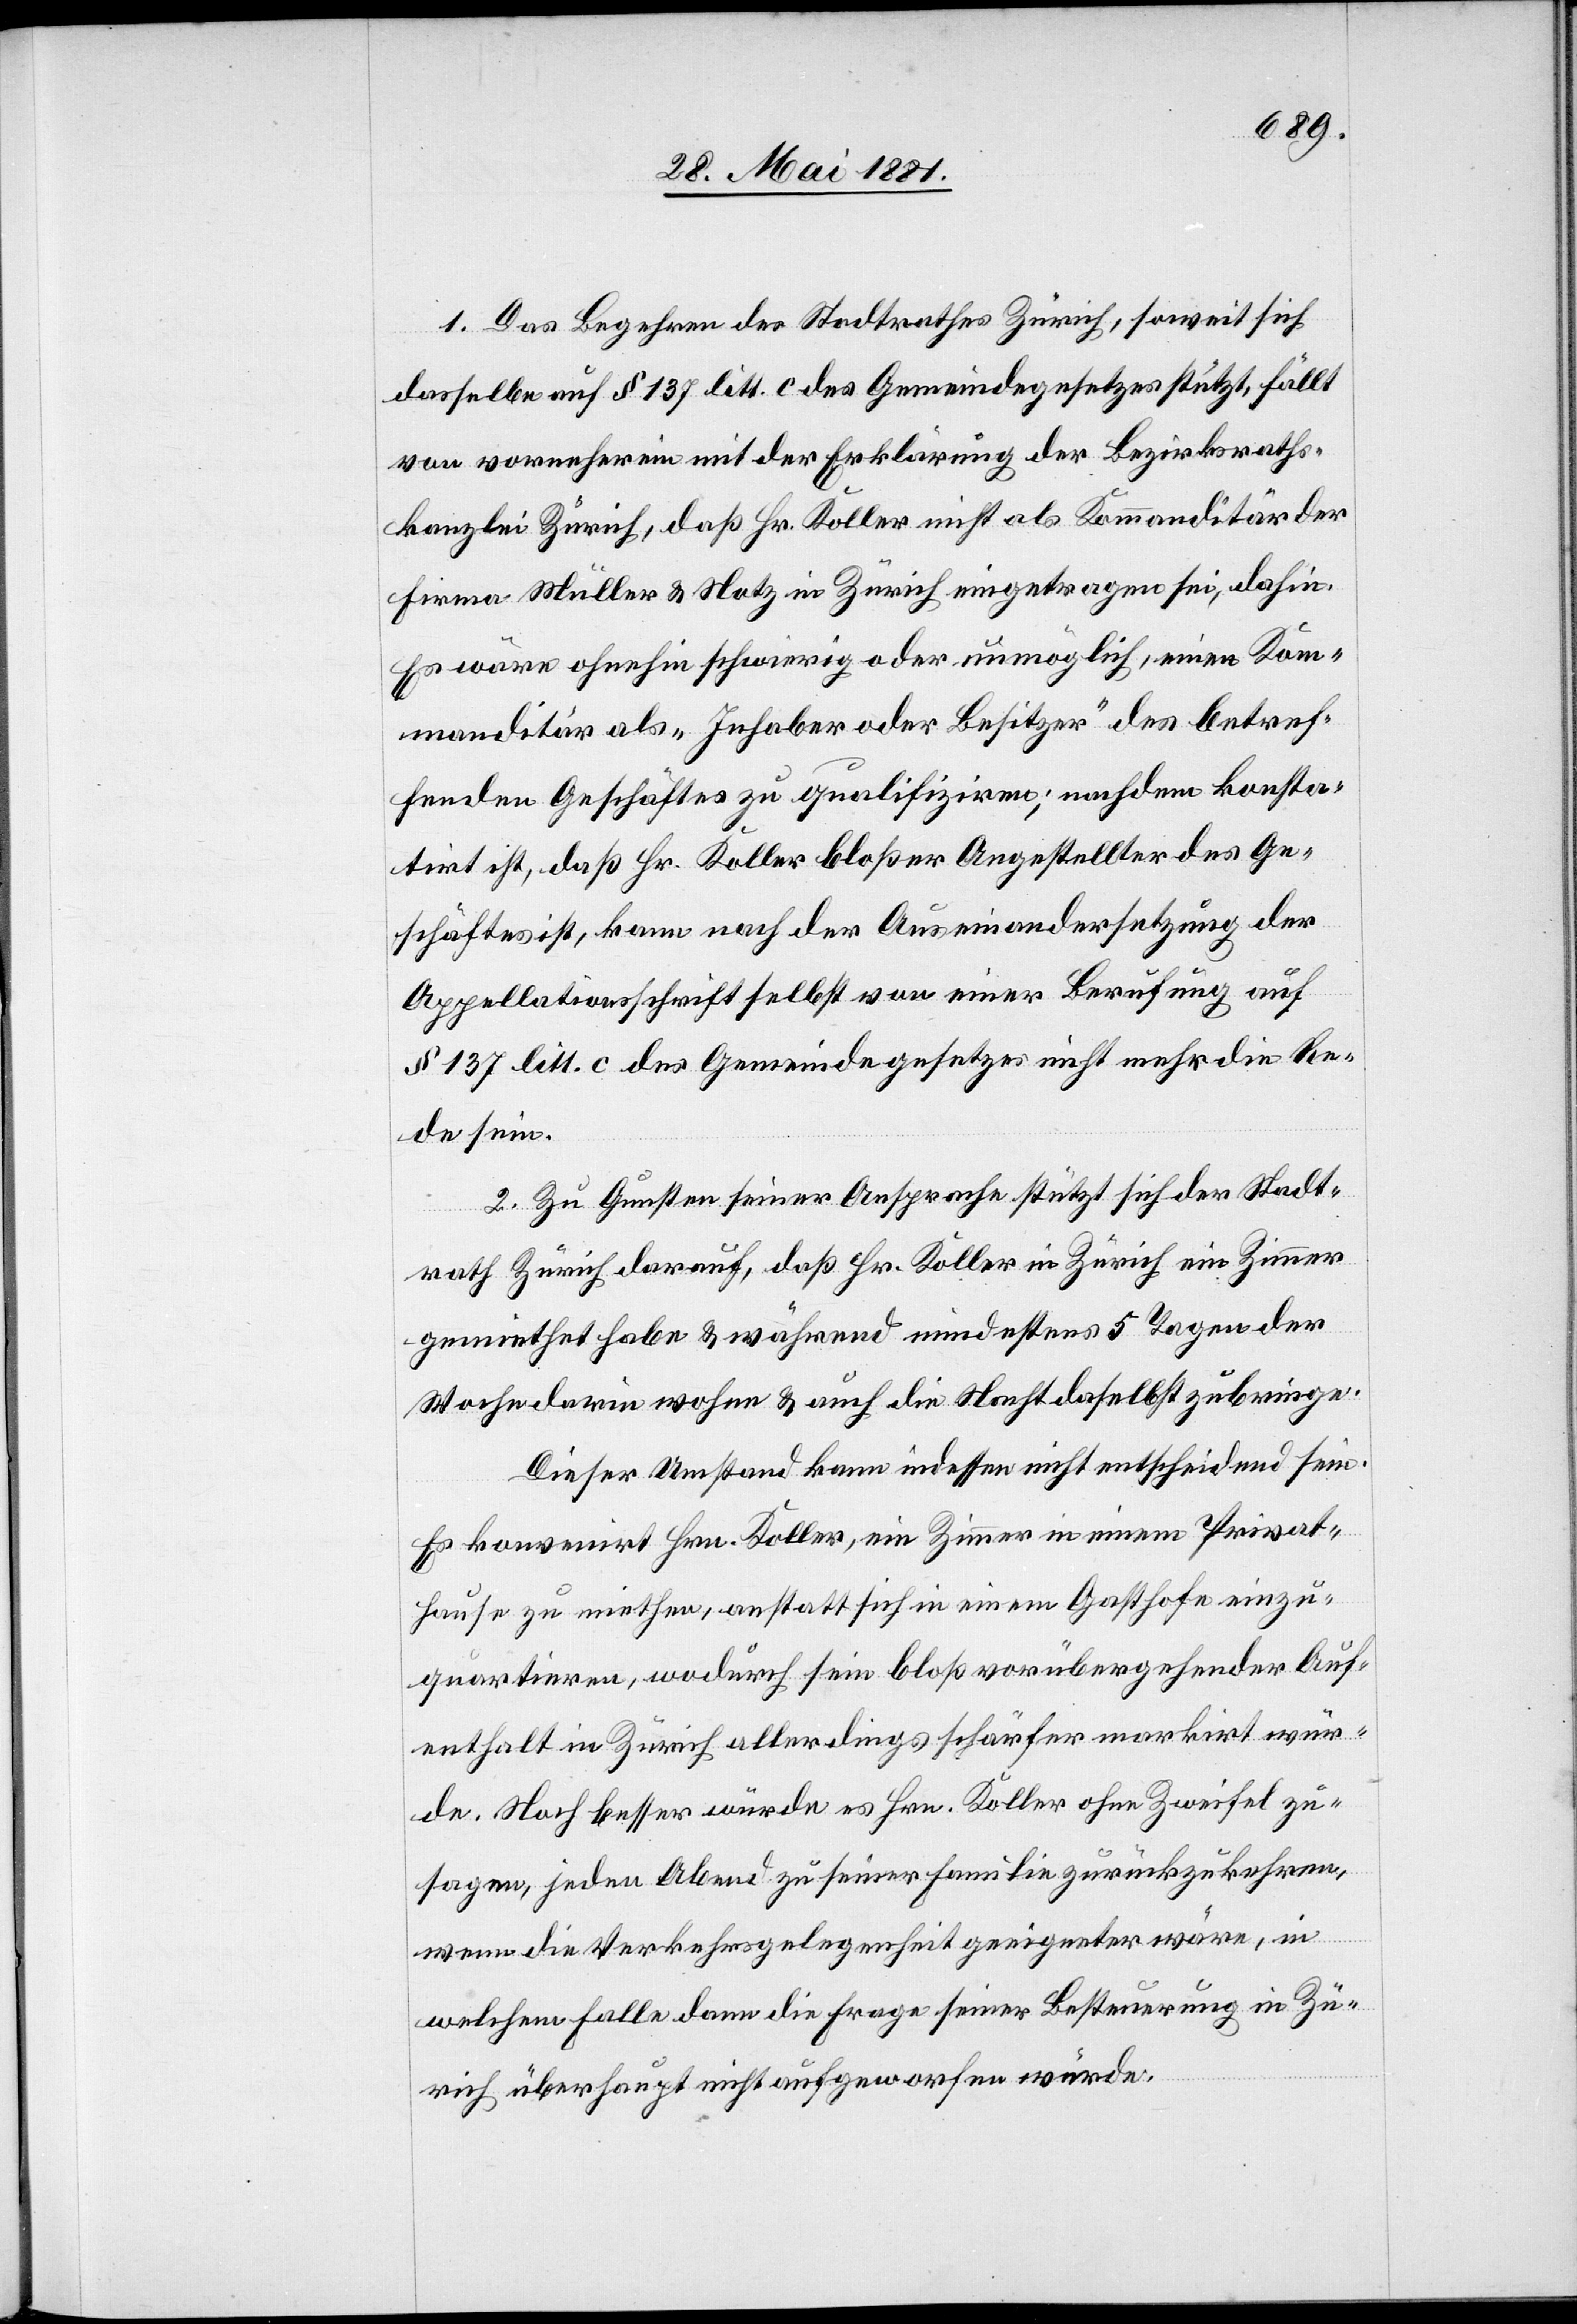
1. Das Begehren des Stadtrathes Zürich, soweit sich
dasselbe auf § 137 litt. c des Gemeindegesetzes stützt, fällt
von vorneherein mit der Erklärung der Bezirksraths¬
kanzlei Zürich, daß Hr. Koller nicht als Kommanditär der
Firma Müller & Notz in Zürich eingetragen sei, dahin.
Es wäre ohnehin schwierig oder unmöglich, einen Kom¬
manditär als „Inhaber oder Besitzer“ des betref¬
fenden Geschäftes zu qualifiziren; nachdem konsta¬
tirt ist, daß Hr. Koller bloßer Angestellter des Ge¬
schäftes ist, kann nach der Auseinandersetzung der
Appellationsschrift selbst von einer Berufung auf
§ 137 litt. c des Gemeindegesetztes nicht mehr die Re¬
de sein.
2. Zu Gunsten seiner Ansprache stützt sich der Stadt¬
rath Zürich darauf, daß Hr. Koller in Zürich ein Zimmer
gemiethet habe & während mindestens 5 Tagen der
Woche darin wohne & auch die Nacht daselbst zubringe.
Dieser Umstand kann indessen nicht entscheidend sein.
Es konvenirt Hrn. Koller, ein Zimmer in einem Privat¬
hause zu miethen, anstatt sich in einem Gasthofe einzu¬
quartiren, wodurch sein bloß vorübergehender Auf¬
enthalt in Zürich allerdings schärfer markirt wür¬
de. Noch besser würde es Hrn. Koller ohne Zweifel zu¬
sagen, jeden Abend zu seiner Familie zurückzukehren,
wenn die Verkehrsgelegenheit geeigneter wäre, in
welchem Falle dann die Frage seiner Besteuerung in Zü¬
rich überhaupt nicht aufgeworfen würde.